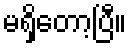
မရှိတော့ပြီ။